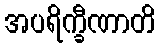
အပရိက္ခီဏာတိ